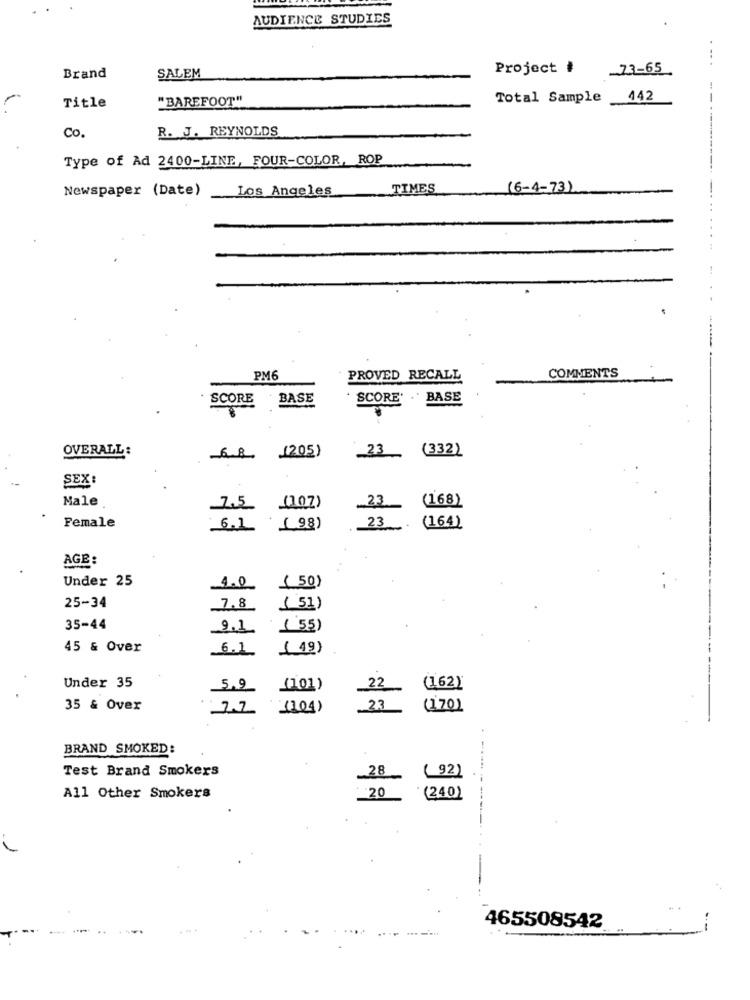
AUDIENCE STUDIES
.. .
Project #
73-65
Brand
SALEM
"BAREFOOT"
Total Sample 442
Title
R. J. REYNOLDS
Co.
Type of Ad 2400-LINE, FOUR-COLOR, ROP
Newspaper (Date)
Los Angeles
TIMES
(6-4-73)
-------------- --.....
COMMENTS
PM6
PROVED RECALL
SCORE
BASE
· SCORE' .' BASE
OVERALL:
_23_ (332)
(205)
SEX:
Male
(168)
25
(107)
23
Female
23
6.1
(.98)
(164)
AGE:
Under 25
1.0
( 50)
25-34
7.8
(51)
35-44
2.1
( 55)
45 & Over
6.1
( 19)
Under 35
5.9 (101)
(162)
22
35 & Over
7.7 (104)
23
(170)
BRAND SMOKED:
Test Brand Smokers
28
(92)
20
All Other Smokers
(240)
465508542